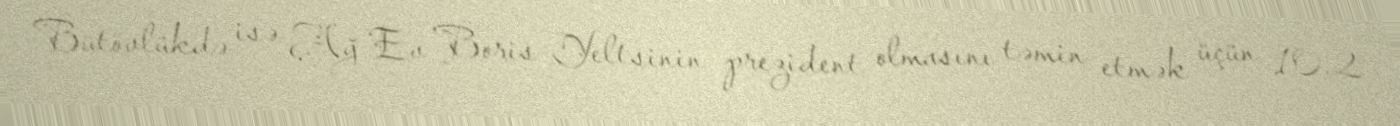
Bütövlükdə isə Ağ Ev Boris Yeltsinin prezident olmasını təmin etmək üçün 10.2